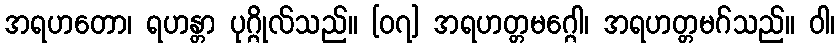
အရဟတော၊ ရဟန္တာ ပုဂ္ဂိုလ်သည်။ [၀၇] အရဟတ္တမဂ္ဂေါ၊ အရဟတ္တမဂ်သည်။ ဝါ၊